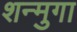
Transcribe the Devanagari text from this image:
शन्मुगा